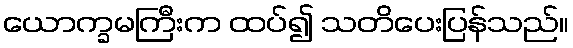
ယောက္ခမကြီးက ထပ်၍ သတိပေးပြန်သည်။